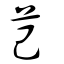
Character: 芑